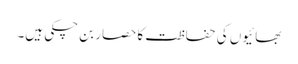
بھائیوں کی حفاظت کا حصار بن چکی ہیں۔